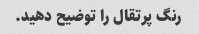
رنگ پرتقال را توضیح دهید.